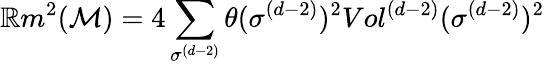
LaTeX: \mathbb{R}m^{2}(\mathcal{{M}})=4\sum_{\sigma^{(d-2)}}\theta(\sigma^{(d-2)})^{2}Vol^{(d-2)}(\sigma^{(d-2)})^{2}